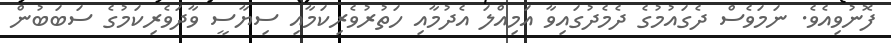
ފޮނުވިއެވެ. ނަމަވެސް ދެގައުމުގެ ދެމެދުގައިވާ އަމިއްލަ އެދުމާއި ހަތުރުވެރިކަމާއި ސިޔާސީ ވާދަވެރިކަމުގެ ސަބަބުން